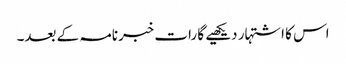
اس کا اشتہار دیکھیے گا رات خبرنامہ کے بعد۔